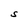
Character: S